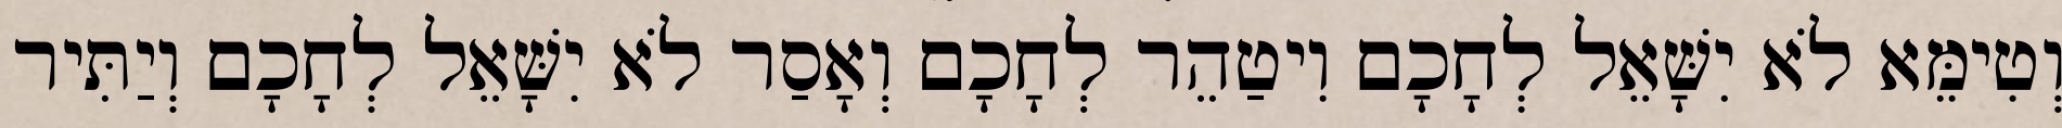
וְטִימֵּא לֹא יִשָּׁאֵל לְחָכָם וִיטַהֵר לְחָכָם וְאָסַר לֹא יִשָּׁאֵל לְחָכָם וְיַתִּיר